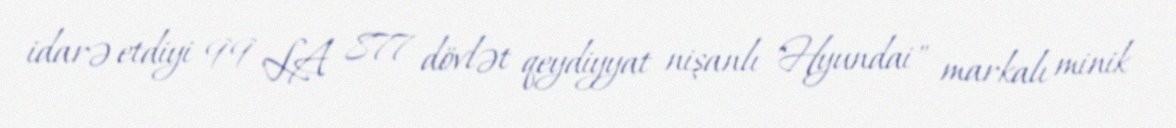
idarə etdiyi 99 LA 877 dövlət qeydiyyat nişanlı "Hyundai" markalı minik